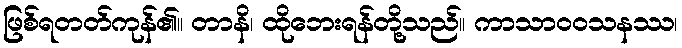
ဖြစ်ရတတ်ကုန်၏။ တာနိ၊ ထိုဘေးရန်တို့သည်။ ကာသာဝဝသနဿ၊